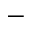
-